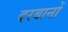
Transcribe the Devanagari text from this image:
दरबानों